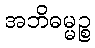
အဘိဓမ္မဉ္စ